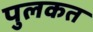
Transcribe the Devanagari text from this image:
पुलकत